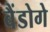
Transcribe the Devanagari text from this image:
बैंडोगे